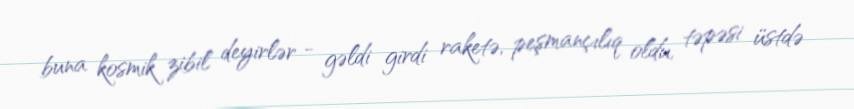
buna kosmik zibil deyirlər - gəldi girdi raketə, peşmançılıq oldu, təpəsi üstdə